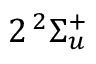
2 \phantom { A } \! \! \! ^ { 2 } \Sigma _ { u } ^ { + }